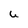
Character: u